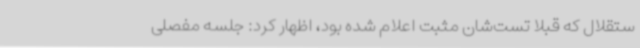
ستقلال که قبلا تست‌شان مثبت اعلام شده بود، اظهار کرد: جلسه مفصلی